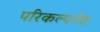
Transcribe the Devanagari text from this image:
परिकल्पनेत